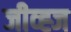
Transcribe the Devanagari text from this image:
जीव्ह्ज